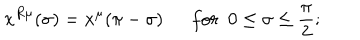
LaTeX: x ^ { R \mu } ( \sigma ) = x ^ { \mu } ( \pi - \sigma ) f o r ~ ~ 0 \leq \sigma \leq \frac { \pi } { 2 } ;